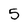
Character: 5